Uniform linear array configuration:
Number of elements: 16
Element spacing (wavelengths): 1
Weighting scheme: uniform
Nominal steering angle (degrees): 45
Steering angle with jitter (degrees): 45.335
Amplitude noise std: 0.05
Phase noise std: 0.05

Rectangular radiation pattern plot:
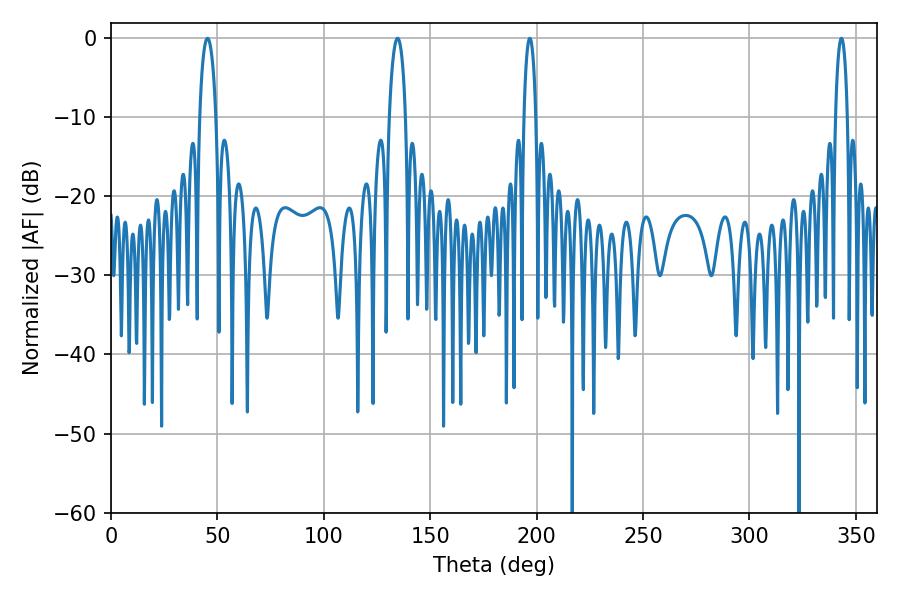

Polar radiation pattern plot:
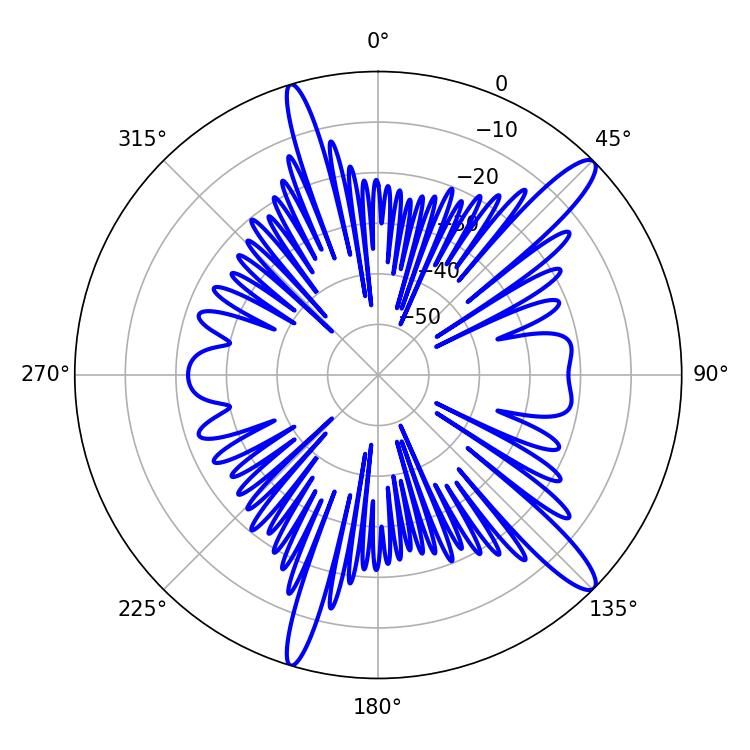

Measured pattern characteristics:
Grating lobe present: TRUE
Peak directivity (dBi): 13.625
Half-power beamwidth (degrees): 4.32
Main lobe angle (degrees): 45.36